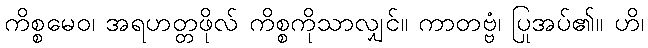
ကိစ္စမေဝ၊ အရဟတ္တဖိုလ် ကိစ္စကိုသာလျှင်။ ကာတဗ္ဗံ၊ ပြုအပ်၏။ ဟိ၊